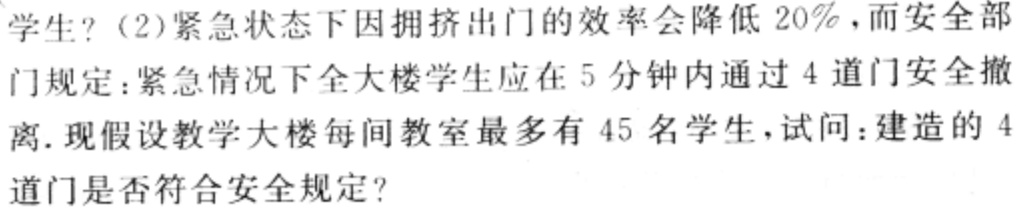
学生？(2)紧急状态下因拥挤出门的效率会降低 \(20\%\)，而安全部

门规定：紧急情况下全大楼学生应在 \(5\) 分钟内通过 \(4\) 道门安全撤

离. 现假设教学大楼每间教室最多有 \(45\) 名学生，试问：建造的 \(4\)

道门是否符合安全规定？